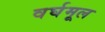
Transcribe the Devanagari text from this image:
वर्घमूल